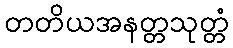
တတိယအနတ္တသုတ္တံ